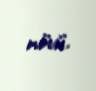
növü.